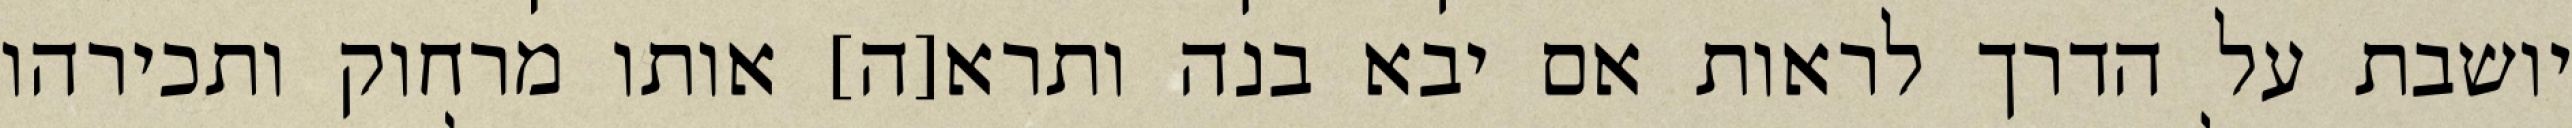
יושבת על הדרך לראות אם יבא בנה ותרא[ה] אותו מרחוק ותכירהו